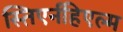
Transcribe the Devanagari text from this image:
स्तिएर्नहिएल्म